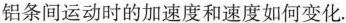
铝条间运动时的加速度和速度如何变化.